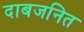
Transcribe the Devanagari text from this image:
दाबजनित